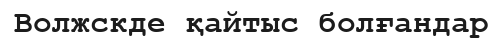
Волжскде қайтыс болғандар